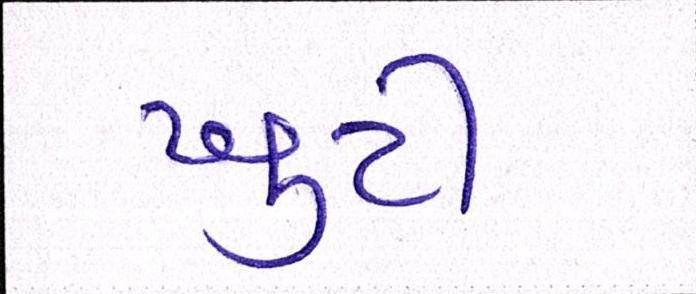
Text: ખુટી